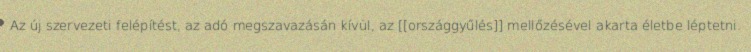
Az új szervezeti felépítést, az adó megszavazásán kívül, az [[országgyűlés]] mellőzésével akarta életbe léptetni.